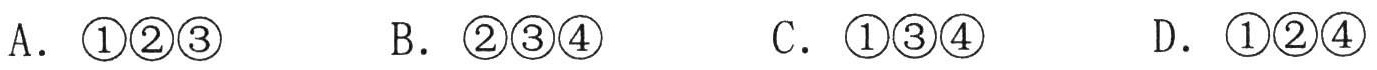
A．\textcircled{1}\textcircled{2}\textcircled{3}  B．\textcircled{2}\textcircled{3}\textcircled{4}  C．\textcircled{1}\textcircled{3}\textcircled{4}  D．\textcircled{1}\textcircled{2}\textcircled{4}